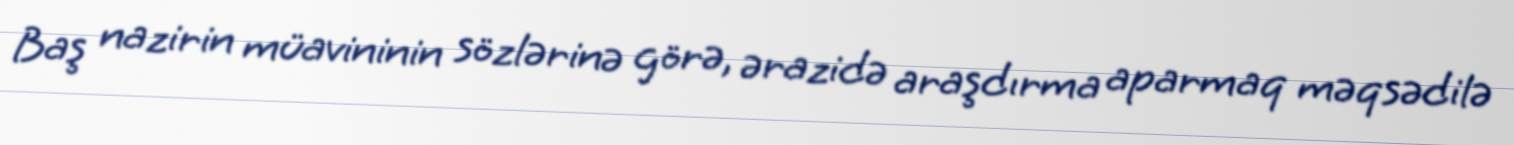
Baş nazirin müavininin sözlərinə görə, ərazidə araşdırma aparmaq məqsədilə